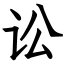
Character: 讼